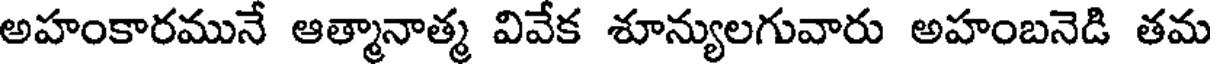
అహంకారమునే ఆత్మానాత్మ వివేక శూన్యులగువారు అహంబనెడి తమ